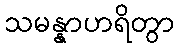
သမန္နာဟရိတွာ